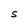
Character: S